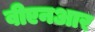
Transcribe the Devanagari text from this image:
वीएनआर